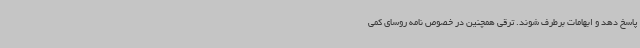
پاسخ دهد و ابهامات برطرف شوند. ترقی همچنین در خصوص نامه روسای کمی